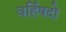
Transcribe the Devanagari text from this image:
वर्हिषदो